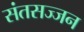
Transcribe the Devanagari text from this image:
संतसज्जन